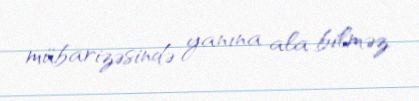
mübarizəsində yanına ala bilməz.